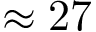
\approx 2 7